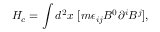
H _ { c } = \int d ^ { 2 } x ~ [ m \epsilon _ { i j } B ^ { 0 } \partial ^ { i } B ^ { j } ] ,